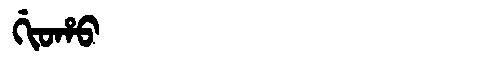
Manchu: ᡤᡳᠣᡥᠣ
Romanization: GIOHO